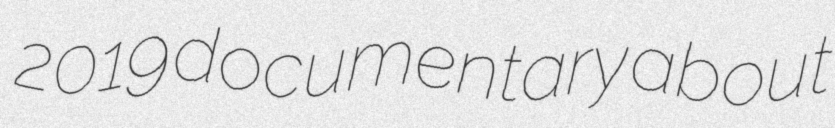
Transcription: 2019 documentary about